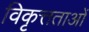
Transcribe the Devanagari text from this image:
विकृत्तताओं